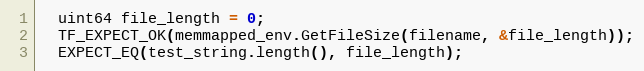
Language: C++
  uint64 file_length = 0;
  TF_EXPECT_OK(memmapped_env.GetFileSize(filename, &file_length));
  EXPECT_EQ(test_string.length(), file_length);